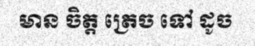
មាន ចិត្ត ត្រេច ទៅ ដូច